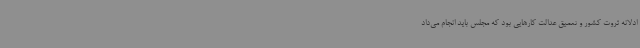
ادلانه ثروت کشور و تعمیق عدالت کارهایی بود که مجلس باید انجام می‌داد